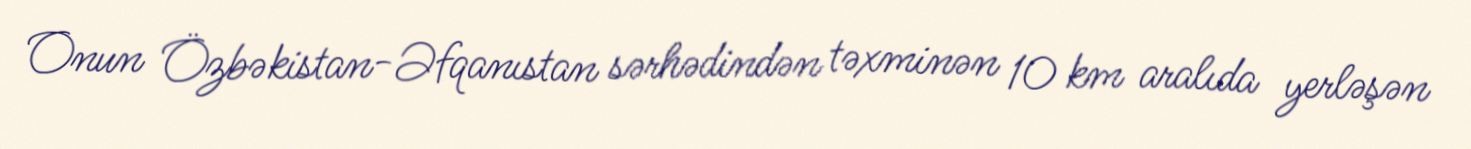
Onun Özbəkistan-Əfqanıstan sərhədindən təxminən 10 km aralıda yerləşən